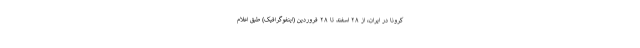
کرونا در ایران، از ۲۸ اسفند تا ۲۸ فروردین (اینفوگرافیک) طبق اعلام